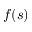
f ( s )